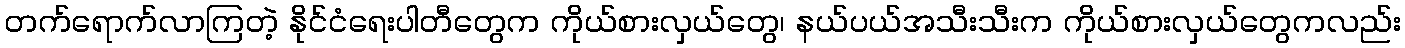
တက်ရောက်လာကြတဲ့ နိုင်ငံရေးပါတီတွေက ကိုယ်စားလှယ်တွေ၊ နယ်ပယ်အသီးသီးက ကိုယ်စားလှယ်တွေကလည်း